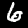
Digit: 6